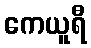
ကေယူရီ